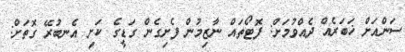
ސަންއަށް ޚަބަރެއް ދެއްވުމަށް: ފޮޓޯތައް ނާޒިމުން ފެށިގެން ގަޑީގެ ކަށި އެނބުރޭ ގޮތަށް: